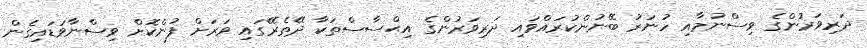
ދަރިވަރުންގެ ވިސްނުމާއި ހުނަރު ބޭނުންކުރައްވައި ދަރިވަރުންގެ އިޙްސާސްތަކާ ދޭތެރޭގައި ވަރަށް ފުންކޮށް ވިސްނާވަޑައިގެން